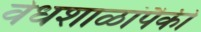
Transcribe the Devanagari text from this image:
वेधशाळांपैकी